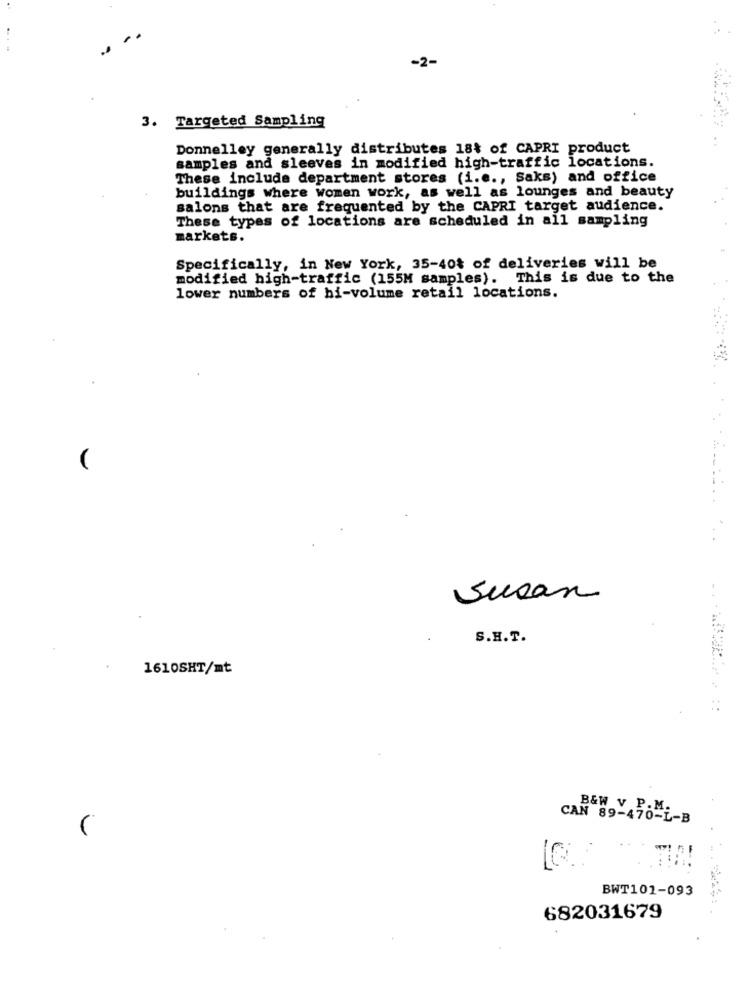
-2-
3. Targeted Sampling
Donnelley generally distributes 18% of CAPRI product
samples and sleeves in modified high-traffic locations.
These include department stores (i.e ., Saks) and office
buildings where women work, as well as lounges and beauty
salons that are frequented by the CAPRI target audience.
These types of locations are scheduled in all sampling
markets.
Specifically, in New York, 35-40% of deliveries will be
modified high-traffic (155M samples). This is due to the
lower numbers of bi-volume retail locations.
Susan
S.H.T.
1610SHT/mt
B&W V P.M.
CAN 89-470-L-B
BWT101-093
682031679